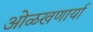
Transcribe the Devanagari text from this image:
ओळखणार्या